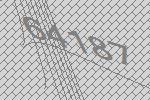
64187